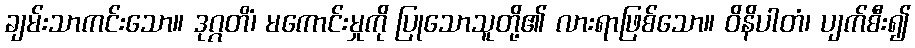
ချမ်းသာကင်းသော။ ဒုဂ္ဂတိံ၊ မကောင်းမှုကို ပြုသောသူတို့၏ လားရာဖြစ်သော။ ဝိနိပါတံ၊ ပျက်စီး၍